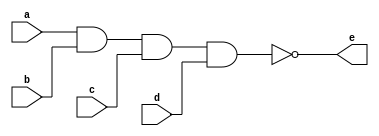
`timescale 1ns / 1ps
//////////////////////////////////////////////////////////////////////////////////
// Company: 
// Engineer: 
// 
// Design Name: 
// Module Name: four_input_nand_gate_a
// Project Name: 
// Target Devices: 
// Tool Versions: 
// Description: 
// 
// Dependencies: 
// 
// Revision:
// Revision 0.01 - File Created
// Additional Comments:
// 
//////////////////////////////////////////////////////////////////////////////////


module four_input_nand_gate_a(
    input a,
    input b,
    input c,
    input d,
    output e
);

assign e = ~(a & b & c & d);

endmodule